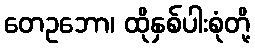
တေဥဘော၊ ထိုနှစ်ပါးစုံတို့